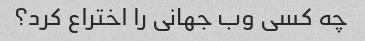
چه کسی وب جهانی را اختراع کرد؟